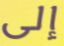
إلى